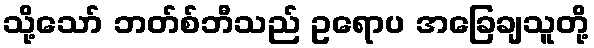
သို့သော် ဘတ်စ်ဘီသည် ဥရောပ အခြေချသူတို့